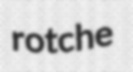
rotche